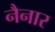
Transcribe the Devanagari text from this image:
नैनार